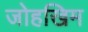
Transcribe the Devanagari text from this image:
जोहखिम